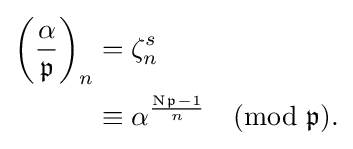
{\begin{aligned}\left({\frac {\alpha }{\mathfrak {p}}}\right)_{n}&=\zeta _{n}^{s}\\&\equiv \alpha ^{\frac {\mathrm {N} {\mathfrak {p}}-1}{n}}{\pmod {\mathfrak {p}}}.\end{aligned}}